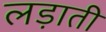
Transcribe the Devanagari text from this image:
लड़ाती